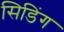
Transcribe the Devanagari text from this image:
सिडिंग